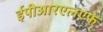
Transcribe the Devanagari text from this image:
ईपीआरएलएफ